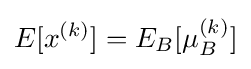
E[x^{(k)}]=E_{B}[\mu _{B}^{(k)}]